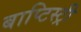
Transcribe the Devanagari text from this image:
बाप्टिस्ट्री